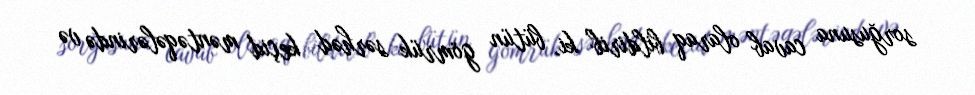
sorğusuna cavab olaraq bildirib ki, bütün gömrük sərhəd keçid məntəqələrində və